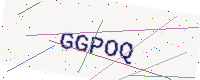
Text: GGPOQ